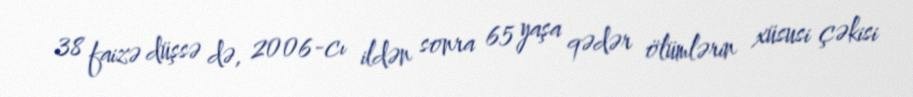
38 faizə düşsə də, 2006-cı ildən sonra 65 yaşa qədər ölümlərin xüsusi çəkisi